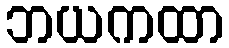
ဘယကထာ